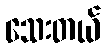
သေးတယ်